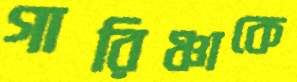
গারিঞ্চাকে